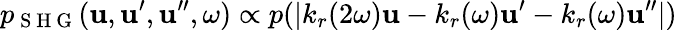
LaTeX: p_{\mathrm{~S~H~G~}}(\boldsymbol{\mathbf{u}},\boldsymbol{\mathbf{u}}^{\prime},\boldsymbol{\mathbf{u}}^{\prime\prime},\omega)\propto\mathcal{p}(|k_{r}(2\omega)\boldsymbol{\mathbf{u}}-k_{r}(\omega)\boldsymbol{\mathbf{u}}^{\prime}-k_{r}(\omega)\boldsymbol{\mathbf{u}}^{\prime\prime}|)